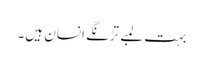
بہت لمبے تڑنگے انسان ہیں۔